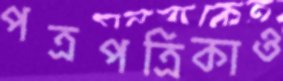
পত্রপত্রিকাও